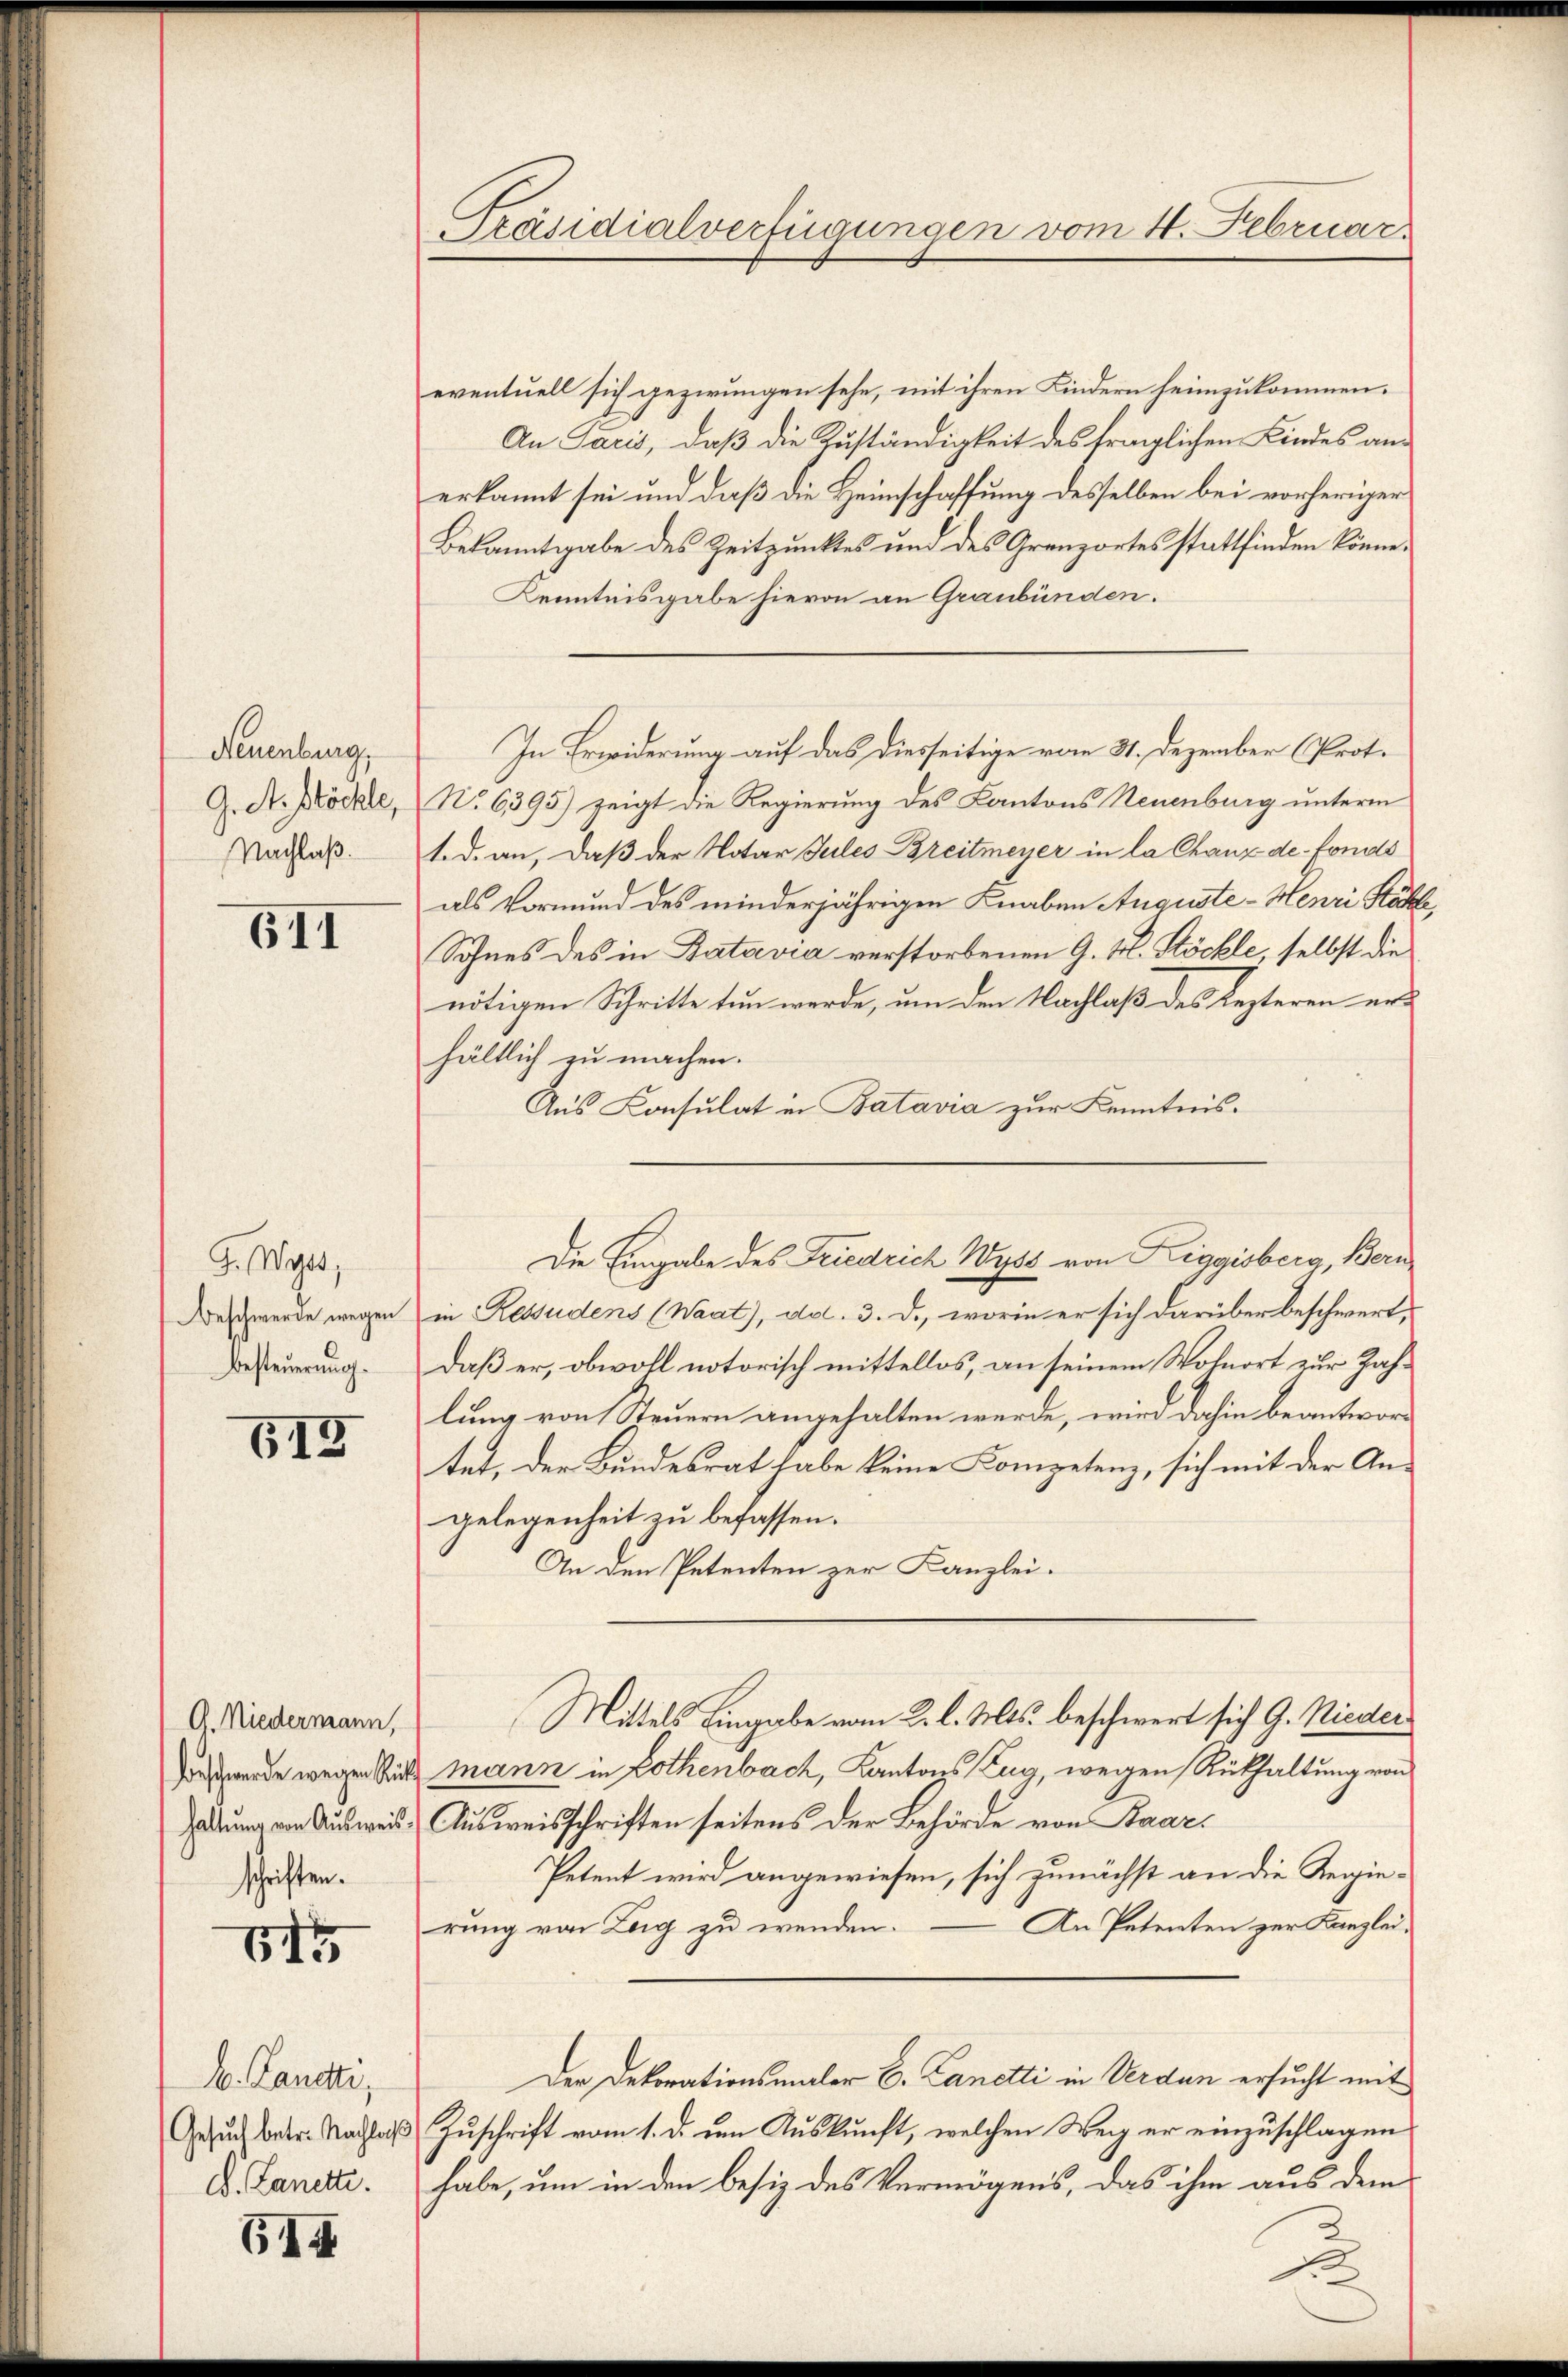
Neuenburg,
G. A. Stöchte,
Nachlaß.

611

G. Wyss,
Beschwerde wegen
Besteuerung.

518

G. Niedermann,
Beschwerde wegen Rückhaltung von Ausweisschriften.

615

A. Landti,
Gesuch betr. Nachlachs
D. Lanette.

614

Präsidialverfügungen vom 4. Februar.

eventuell sich gezwungen sehe, mit ihren Kindern heimzukommen.
An Paris, daß die Zuständigkeit des fraglichen Kindes anerkannt sei und daß die Heimschaffung desselben bei vorheriger
Bekanntgabe des Zeitpunktes und des Grenzortes stattfinden könne.
Kenntnisgabe hievon an Graubünden.
In Erwiderung auf das diesseitige vom 31. Dezember (Prot.
No 6395) zeigt die Regierung des Kantons Neuenburg unterm
1. d. an, daß der Notar Juiles Breitmeyer in la Chanz de fonds
als Vormund des minderjährigen Knaben Auguste - Henri Kähle,
Sohnes des in Batavia verstorbenen G. H. Stöckle, selbst die
nötigen Schritte tun werde, um den Nachlaß des Lezteren erhältlich zu machen.
Aus Consulat in Batavia zur Kenntnis.
in Ressudens (Waat), dd. 3. d., worin er sich darüber beschwert,
Daß er, obwohl notorisch mittellos, an seinem Wohnort zur Zahlung von Steuern angehalten werde, wird dahin beantwortet, der Bundesrat habe keine Kompetenz, sich mit der Angelegenheit zu befassen.
An den Petenten zur Kanzlei-
Mittels Eingabe vom 2. l. Mts. beschwert sich G. Nieder¬
Mann in Bothenbach, Kantons Zug, wegen Rükhaltung von
Ausweisschriften seitens der Behörde von Baar¬
Petent wird angewiesen, sich zunächst an die Regie¬
An Petenten zur Kanzleirung von Zug zu wenden.
Der Dekorationsmaler C. Lanetti in Verdan ersucht mit
Zuschrift vom 1. d. den Auskunft, welchen Weg er einzuschlagen
habe, um in den besiz des Vermögens, das ihm aus dem

Die Eingabe des Friedrich Wyss von Liggisberg, Bern